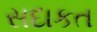
સદાકત